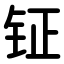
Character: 钲